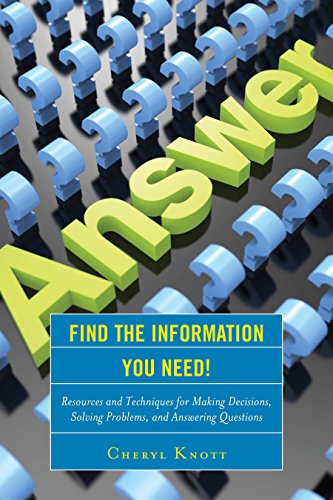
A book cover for Find the Information You Need!: Resources and Techniques for Making Decisions, Solving Problems, and Answering Questions; Cheryl Knott; Education & Teaching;